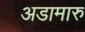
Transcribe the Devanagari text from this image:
अडामारु